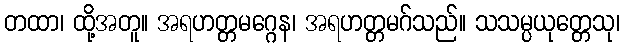
တထာ၊ ထို့အတူ။ အရဟတ္တမဂ္ဂေန၊ အရဟတ္တမဂ်သည်။ သသမ္ပယုတ္တေသု၊